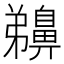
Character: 䶏